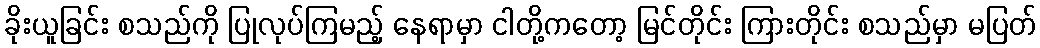
ခိုးယူခြင်း စသည်ကို ပြုလုပ်ကြမည့် နေရာမှာ ငါတို့ကတော့ မြင်တိုင်း ကြားတိုင်း စသည်မှာ မပြတ်